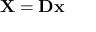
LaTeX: \mathbf { X } = \mathbf { D } \mathbf { x }